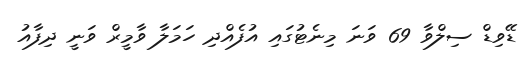
ޑޭވިޑް ސިލްވާ 69 ވަނަ މިނެޓުގައި އުފެއްދި ހަމަލާ ވާމީރް ވަނީ ދިފާއު